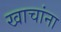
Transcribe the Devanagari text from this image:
खाचांना